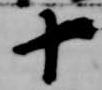
十